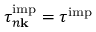
\tau _ { n \mathbf k } ^ { \mathrm { i m p } } = \tau ^ { \mathrm { i m p } }